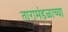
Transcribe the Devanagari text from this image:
तारामंडळाच्या